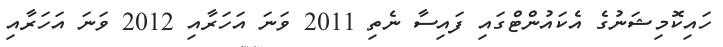
ހައިކޮމިޝަނުގެ އެކައުންޓްގައި ފައިސާ ނެތި 2011 ވަނަ އަހަރާއި 2012 ވަނަ އަހަރާއި